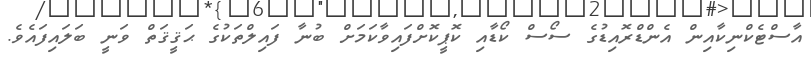
އާސްޓެކްނިކާއިން އެންޑްރޮއިޑުގެ ސޯސް ކޯޑާއި ކޮޕީކޮށްފައިވާކަމަށް ބުނާ ފައިލްތަކުގެ ޙަޤީޤަތް ވަނީ ބަލައިފައެވެ.